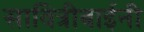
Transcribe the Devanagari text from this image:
सावित्रीबाईनी